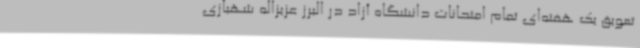
تعویق یک هفته‌ای تمام امتحانات دانشگاه آزاد در البرز عزیزاله شهبازی